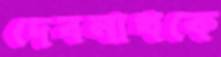
দেবনাথকে